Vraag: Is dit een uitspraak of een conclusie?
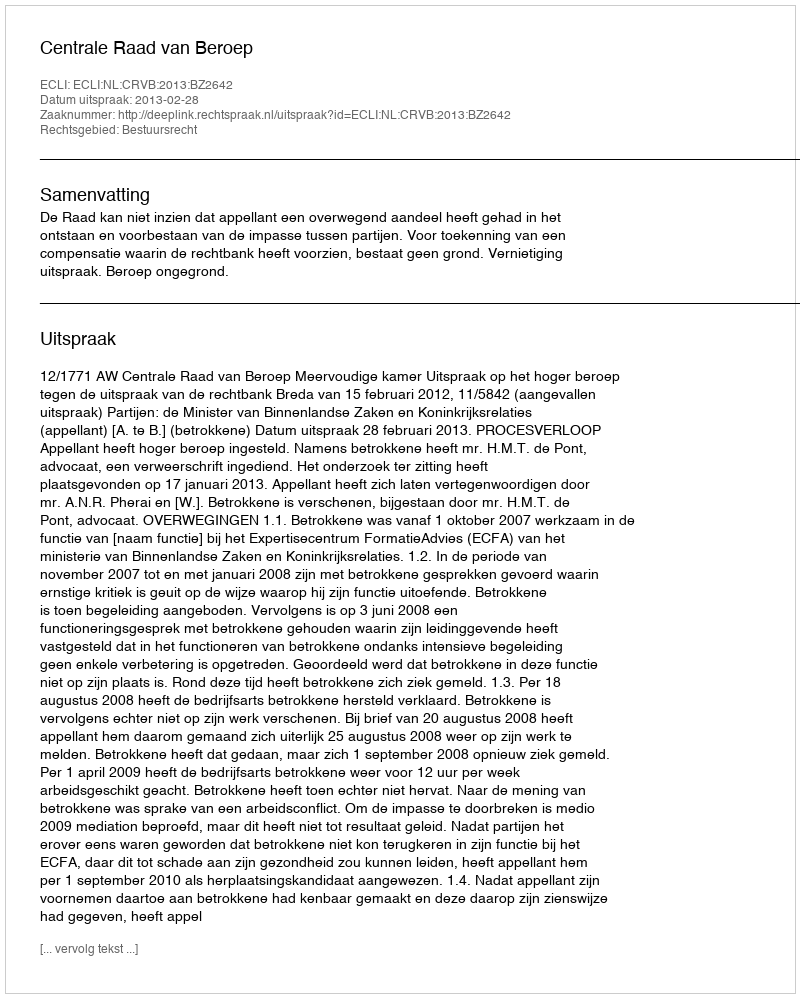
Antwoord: Uitspraak